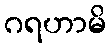
ဂရဟာမိ